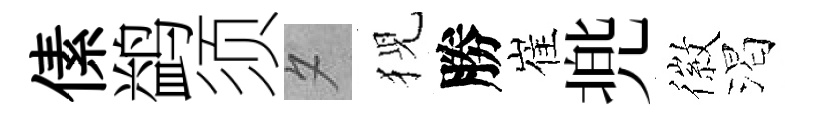
傃鹢须夕猊勝崔兠徽渴